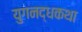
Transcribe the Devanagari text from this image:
युगनद्धकथा